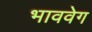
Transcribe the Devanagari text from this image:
भाववेग